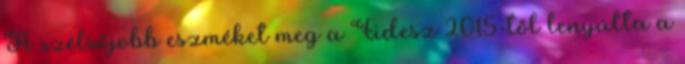
A szélsőjobb eszméket meg a Fidesz 2015-től lenyúlta a